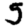
Digit: 3